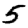
Digit: 5